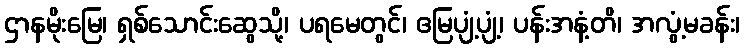
ဌာနမိုးမြေ၊ ရှစ်သောင်းဆွေသို့၊ ပရမေတွင်၊ ဧမြပျံ့ပျံ့၊ ပန်းအနံ့တိ၊ အလွံ့မခန်း၊